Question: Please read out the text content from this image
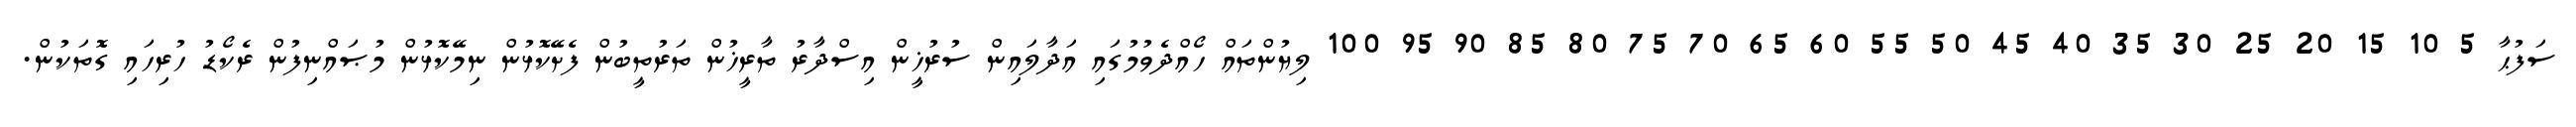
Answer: ސަފުޙާ 5 10 15 20 25 30 35 40 45 50 55 60 65 70 75 80 85 90 95 100 ލިޔުންތައް ހޯއްދެވުމުގައި އަދާލައިން ސުރުޚީން އިސްދާރު ތާރީޚުން ތަރުތީބުން ފެށޭކޮޅުން ނިމޭކޮޅުން މުޞައްނިފުން ރެކޯޑު ހުރިހައި ގޮތަކުން.